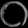
Digit: ၀